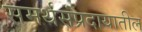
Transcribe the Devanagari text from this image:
समर्थसंप्रदायातील